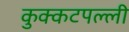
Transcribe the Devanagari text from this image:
कुक्कटपल्ली